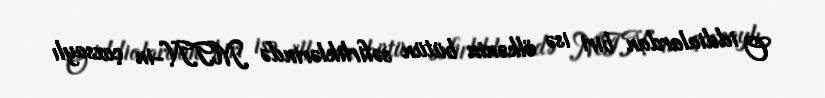
O iddialardan biri isə ölkənin bütün səfirliklərində MTN-in çoxsaylı